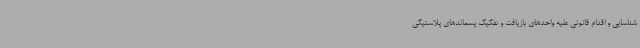
شناسایی و اقدام قانونی علیه واحدهای بازیافت و تفکیک پسماندهای پلاستیکی